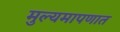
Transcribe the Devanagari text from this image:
मुल्यमापणात